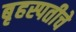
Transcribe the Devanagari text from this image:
बृहस्पतीचे